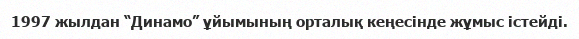
1997 жылдан “Динамо” ұйымының орталық кеңесінде жұмыс істейді.